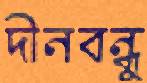
দীনবন্ধুু